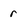
Character: r